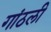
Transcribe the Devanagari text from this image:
गांठली